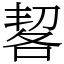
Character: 㗉